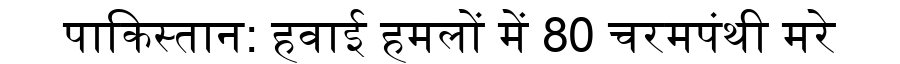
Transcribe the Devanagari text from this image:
पाकिस्तान: हवाई हमलों में 80 चरमपंथी मरे